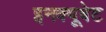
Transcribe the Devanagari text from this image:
इनक्यूबेट